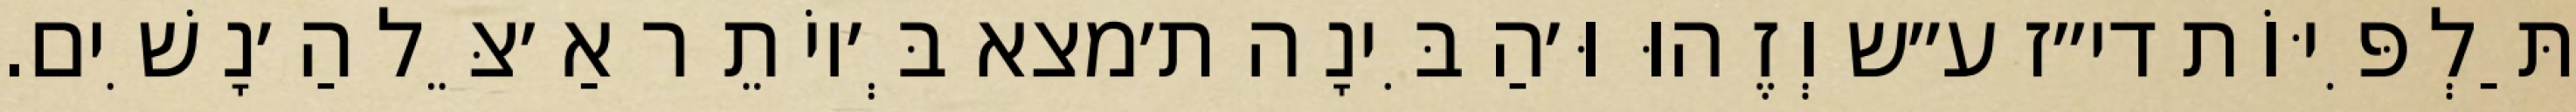
תַּלְפִּיּוֹת די״ז ע״ש וְזֶהוּ וּ׳הַבִּינָה ת׳מצא בְּ׳יוֹתֵר אַ׳צֵּל הַ׳נָשִׁים.